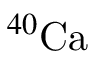
^ { 4 0 } \mathrm { C a }